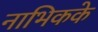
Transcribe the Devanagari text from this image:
नाभिकके